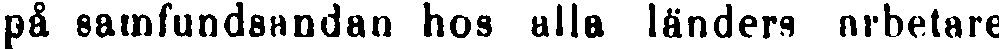
på samfundsandan hos alla länders arbetare